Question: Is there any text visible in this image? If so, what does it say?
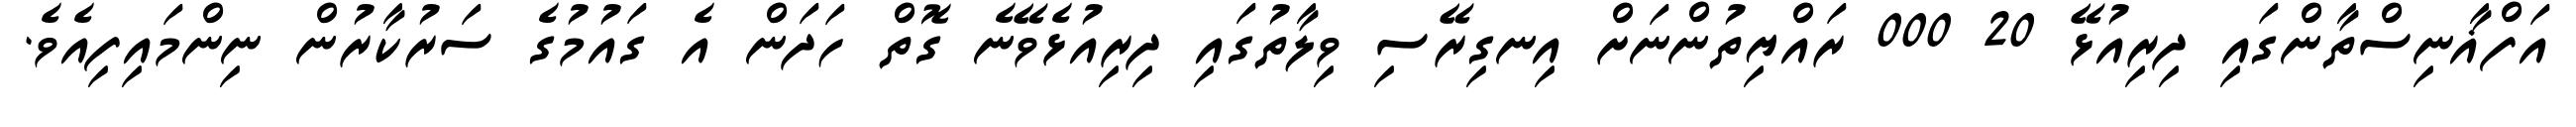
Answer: އަފްޣާނިސްތާންގައި ދިރިއުޅޭ 20 000 ރައްޔިތުންނަށް އިނގިރޭސި ވިލާތުގައި ދިރިއުޅެވޭނެ ގޮތް ހަދަން އެ ގައުމުގެ ސަރުކާރުން ނިންމައިފިއެވެ.